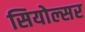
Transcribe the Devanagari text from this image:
सियोल्सर